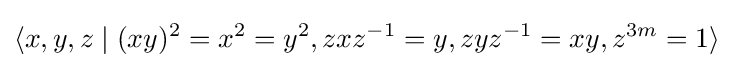
\langle x,y,z\mid (xy)^{2}=x^{2}=y^{2},zxz^{-1}=y,zyz^{-1}=xy,z^{3m}=1\rangle